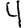
Digit: 4